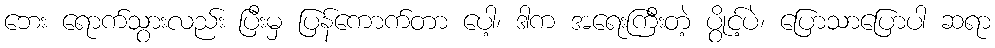
ဘေး ရောက်သွားလည်း ပြီးမှ ပြန်ကောက်တာ ပေါ့၊ ဒါက အရေးကြီးတဲ့ ပွိုင့်ပဲ၊ ပြောသာပြောပါ ဆရာ